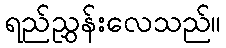
ရည်ညွှန်းလေသည်။